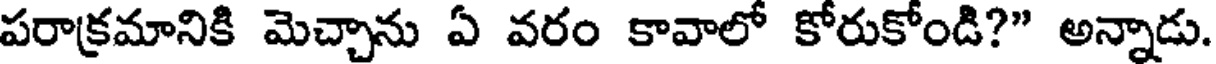
పరాక్రమానికి మెచ్చాను ఏ వరం కావాలో కోరుకోండి?" అన్నాడు.